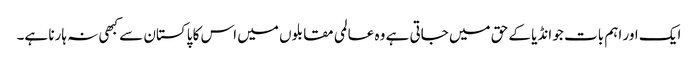
ایک اور اہم بات جو انڈیا کے حق میں جاتی ہے وہ عالمی مقابلوں میں اس کا پاکستان سے کبھی نہ ہارنا ہے۔